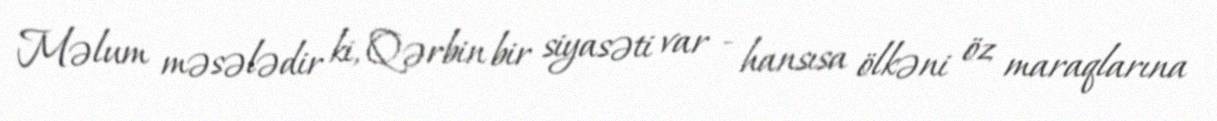
Məlum məsələdir ki, Qərbin bir siyasəti var - hansısa ölkəni öz maraqlarına